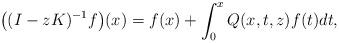
LaTeX: \begin{align*} \big((I - z K)^{-1}f\big)(x)=f(x)+\int_0^x Q(x,t,z) f(t) dt,\end{align*}